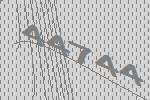
44744